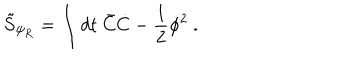
\tilde { S } _ { \psi _ { R } } = \int d t \ \bar { C } \dot { C } - { \frac { 1 } { 2 } } \phi ^ { 2 } \ .